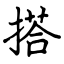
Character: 搭